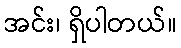
အင်း၊ ရှိပါတယ်။